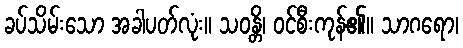
ခပ်သိမ်းသော အခါပတ်လုံး။ သဝန္တိ၊ ဝင်စီးကုန်၏။ သာဂရော၊